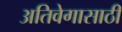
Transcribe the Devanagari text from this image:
अतिवेगासाठी